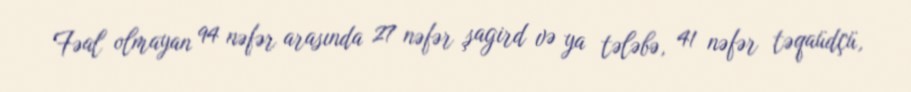
Fəal olmayan 94 nəfər arasında 27 nəfər şagird və ya tələbə, 41 nəfər təqaüdçü,